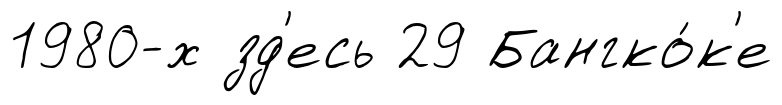
1980-х зд'есь 29 Бангко́к'е